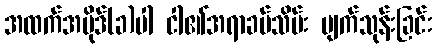
အထက်အပိုဒ်(ခ)ပါ ငါ၏အရာခပ်သိမ်း ပျက်သုန်းခြင်း